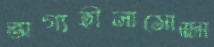
ভাগ্যহীনামোজা